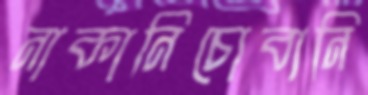
নাকানিচোবানি